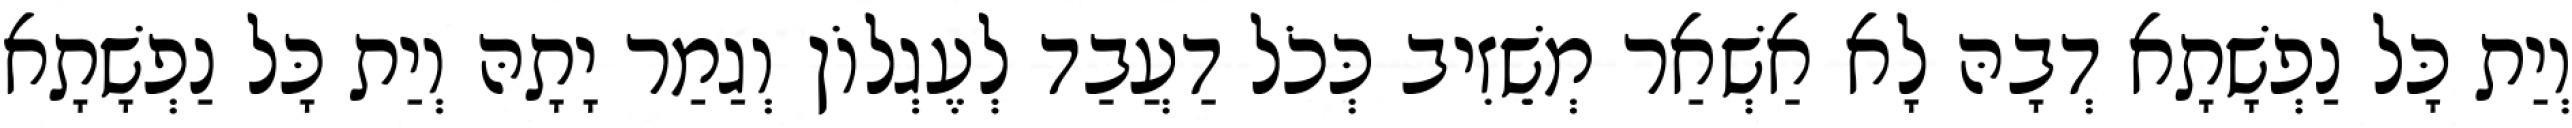
וְיַת כָּל נַפְשָׁתָא דְבָהּ לָא אַשְׁאַר מְשֵׁזִיב כְּכֹל דַעֲבַד לְעֶגְלוֹן וְגַמַר יָתָהּ וְיַת כָּל נַפְשָׁתָא